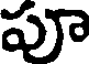
పూ